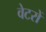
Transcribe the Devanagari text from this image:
वेटरों